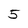
Character: 5